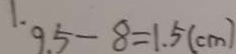
9 . 5 - 8 = 1 . 5 ( c m )